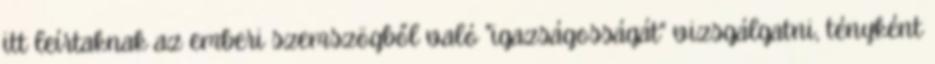
itt leírtaknak az emberi szemszögből való "igazságosságát" vizsgálgatni, tényként